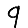
Digit: 9